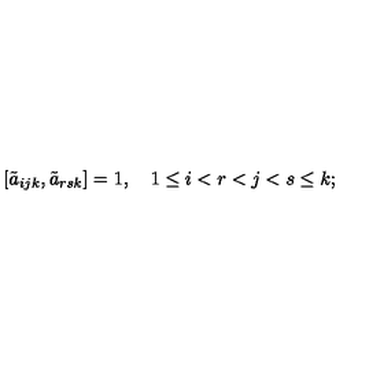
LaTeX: [ \tilde { a } _ { i j k } , \tilde { a } _ { r s k } ] = 1 , \quad 1 \le i < r < j < s \le k ;